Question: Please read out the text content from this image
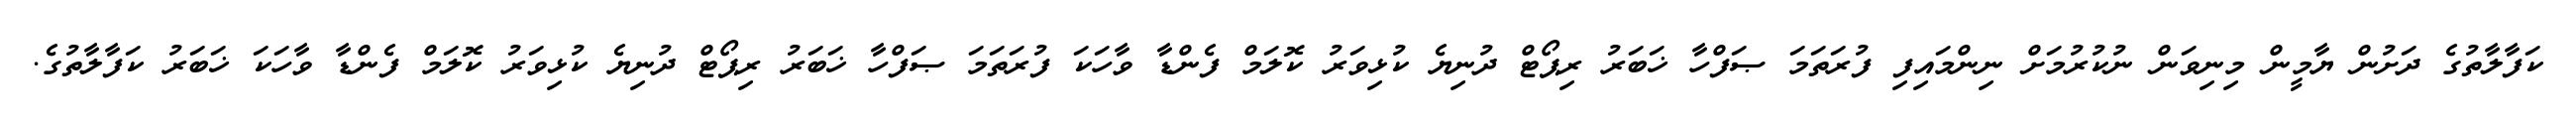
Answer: ކަފާލާތުގެ ދަށުން ޔާމީން މިނިވަން ނުކުރުމަށް ނިންމައިފި ފުރަތަމަ ޞަފްހާ ޚަބަރު ރިޕޯޓް ދުނިޔެ ކުޅިވަރު ކޮލަމް ފެންޑާ ވާހަކަ ފުރަތަމަ ޞަފްހާ ޚަބަރު ރިޕޯޓް ދުނިޔެ ކުޅިވަރު ކޮލަމް ފެންޑާ ވާހަކަ ޚަބަރު ކަފާލާތުގެ.